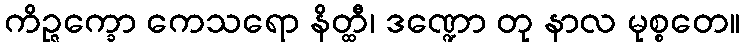
ကိဉ္ဇက္ခော ကေသရော နိတ္ထီ၊ ဒဏ္ဍော တု နာလ မုစ္စတေ။